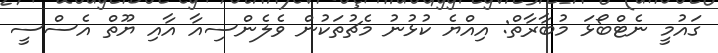
ގައުމީ ނެޓްބޯޅަ މުބާރާތް: އިއްޔެ ކުޅުނު މެޗުތަކުން ވެލެންސިއާ އާއި ޔޫތް އެސްސީ